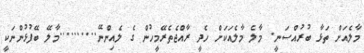
މާލެއަށް ތަޅާ ބުރުއްސަނީ. މާލެ މާލެއަކަށް ހެދީ ރާއްޖެތެރޭމީހުން ގެ ލެއިންނޭ..........މާލޭ ބޭފުޅުންނަކީ